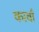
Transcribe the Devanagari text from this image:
कावाँ